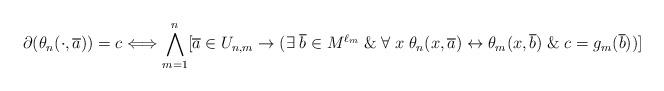
LaTeX: \begin{align*}\partial(\theta_{n}(\cdot, \overline{a}))= c\Longleftrightarrow \bigwedge_{m=1}^{n}[\overline{a}\in U_{n,m} \rightarrow (\exists \; \overline{b}\in M^{\ell_{m}} \; \& \; \forall \; x \; \theta_{n}(x, \overline{a})\leftrightarrow \theta_{m}(x, \overline{b}) \; \& \; c=g_{m}(\overline{b}))]\end{align*}